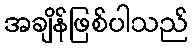
အချိန်ဖြစ်ပါသည်